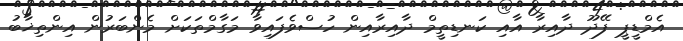
އެމްޑީޕީ ފޭދޫ ދާއިރާ އާއި ކަނޑިތީމް ދާއިރާއިން ހުސްވެފައިވާ މަގާމްތަކަށް މެންބަރުން އިންތިޚާބު